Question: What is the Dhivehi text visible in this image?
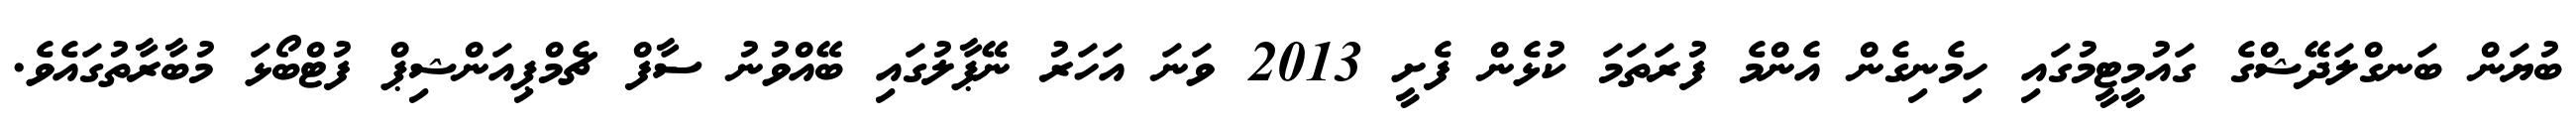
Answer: ބުޔަން ބަނގްލަދޭޝްގެ ގައުމީޓީމުގައި ހިމެނިގެން އެންމެ ފުރަތަމަ ކުޅެން ފެށީ 2013 ވަނަ އަހަރު ނޭޕާލުގައި ބޭއްވުނު ސާފް ޗެމްޕިއަންޝިޕް ފުޓްބޯޅަ މުބާރާތުގައެވެ.